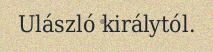
Ulászló királytól.